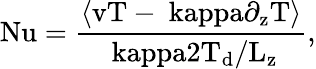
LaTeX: \mathrm{{Nu}=\frac{\langle vT-\ kappa\partial_{z}T\rangle}{\ kappa2T_{d}/L_{z}},}